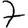
Digit: 7